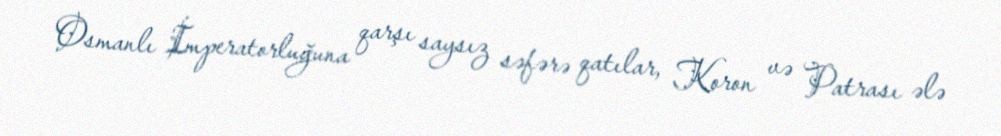
Osmanlı İmperatorluğuna qarşı saysız səfərə qatılar, Koron və Patrası ələ